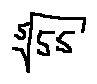
\sqrt [ 5 ] { 5 5 }